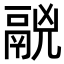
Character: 𩰷